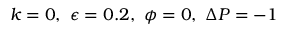
k = 0 , ~ \epsilon = 0 . 2 , ~ \phi = 0 , ~ \Delta P = - 1